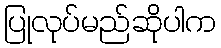
ပြုလုပ်မည်ဆိုပါက